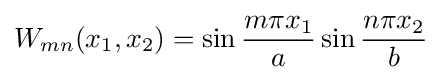
W_{mn}(x_{1},x_{2})=\sin {\frac {m\pi x_{1}}{a}}\sin {\frac {n\pi x_{2}}{b}}